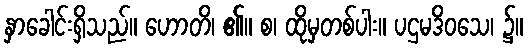
နှာခေါင်းရှိသည်။ ဟောတိ၊ ၏။ စ၊ ထိုမှတစ်ပါး။ ပဌမဒိဝသေ၊ ၌။